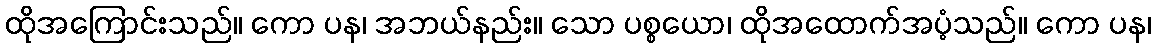
ထိုအကြောင်းသည်။ ကော ပန၊ အဘယ်နည်း။ သော ပစ္စယော၊ ထိုအထောက်အပံ့သည်။ ကော ပန၊